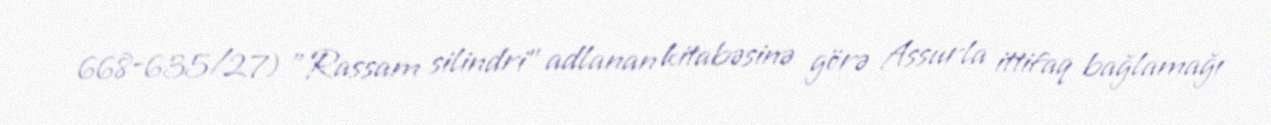
668-635/27) "Rassam silindri" adlanan kitabəsinə görə Assurla ittifaq bağlamağı